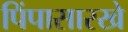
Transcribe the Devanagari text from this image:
पिंपासारखे